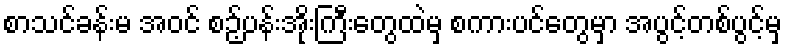
စာသင်ခန်းမ အဝင် စဉ့်ပန်းအိုးကြီးတွေထဲမှ စကားပင်တွေမှာ အပွင့်တစ်ပွင့်မှ